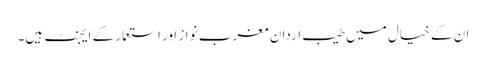
ان کے خیال میں طیب اردان مغرب نواز اور استعمار کے ایجنٹ ہیں۔